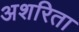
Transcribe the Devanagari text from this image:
अशरिता